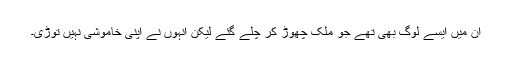
ان میں ایسے لوگ بھی تھے جو ملک چھوڑ کر چلے گئے لیکن انہوں نے اپنی خاموشی نہیں توڑی۔